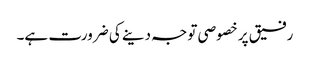
رفیق پر خصوصی توجہ دینے کی ضرورت ہے۔